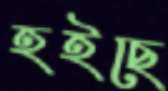
হইছে